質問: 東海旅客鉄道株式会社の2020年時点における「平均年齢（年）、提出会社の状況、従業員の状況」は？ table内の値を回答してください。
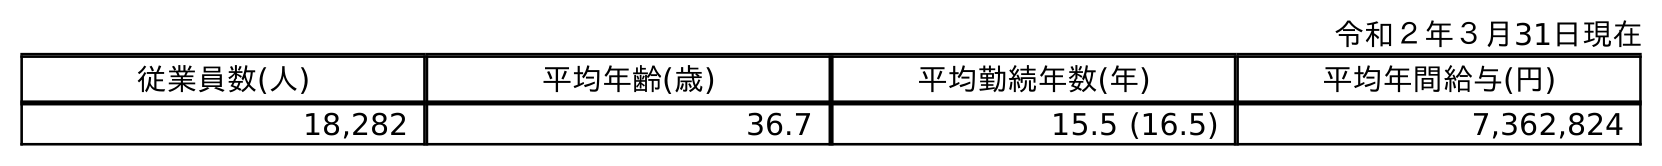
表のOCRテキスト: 令和２年３月31日現在 従業員数(人) 平均年齢(歳) 平均勤続年数(年) 平均年間給与(円) 18,282 36.7 15.5 (16.5) 7,362,824
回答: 36.7